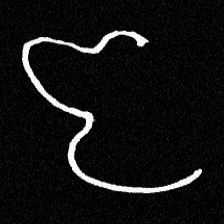
Pyu character \u2014 Myanmar letter: ဇ (romanized: ja)